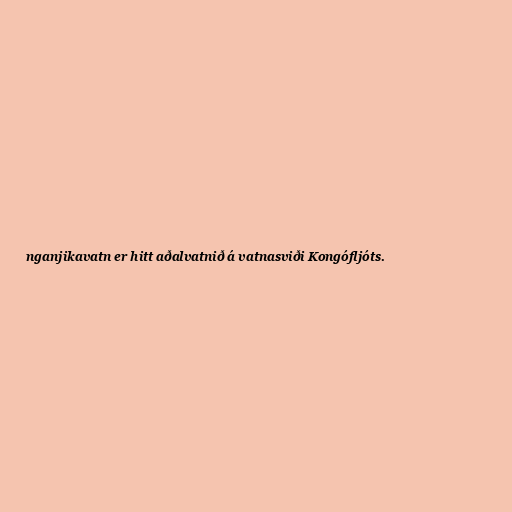
nganjikavatn er hitt aðalvatnið á vatnasviði Kongófljóts.